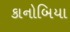
કાનોબિયા